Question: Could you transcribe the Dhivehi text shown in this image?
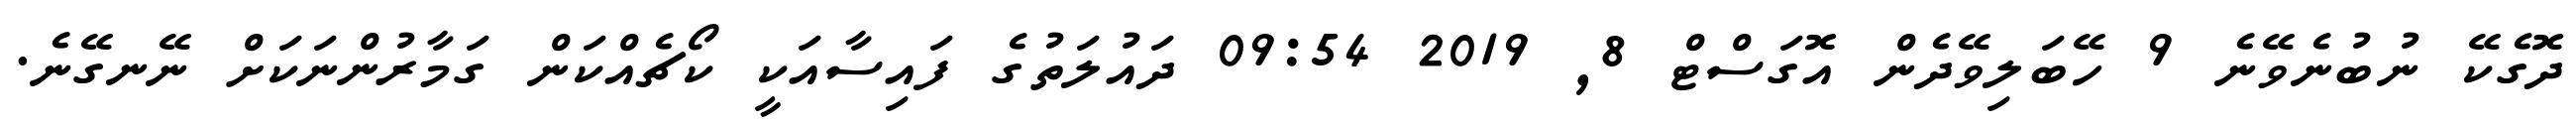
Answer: ދޮގެކޭ ނުބުނެވޭނެ 9 ހޭބަލިވޭދެން އޮގަސްޓް 8, 2019 09:54 ދައުލަތުގެ ފައިސާއަކީ ކޯޗެއްކަން ގަމާރުންނަކަށް ނޭނގޭނެ.